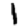
Digit: 1